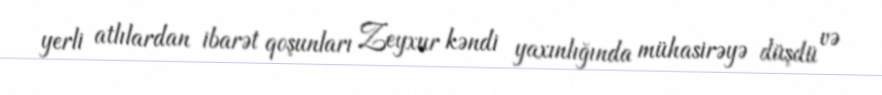
yerli atlılardan ibarət qoşunları Zeyxur kəndi yaxınlığında mühasirəyə düşdü və